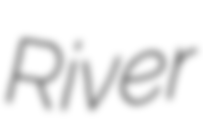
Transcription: River